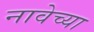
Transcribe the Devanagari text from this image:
नावेच्या